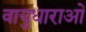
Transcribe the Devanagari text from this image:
वायुधाराओं